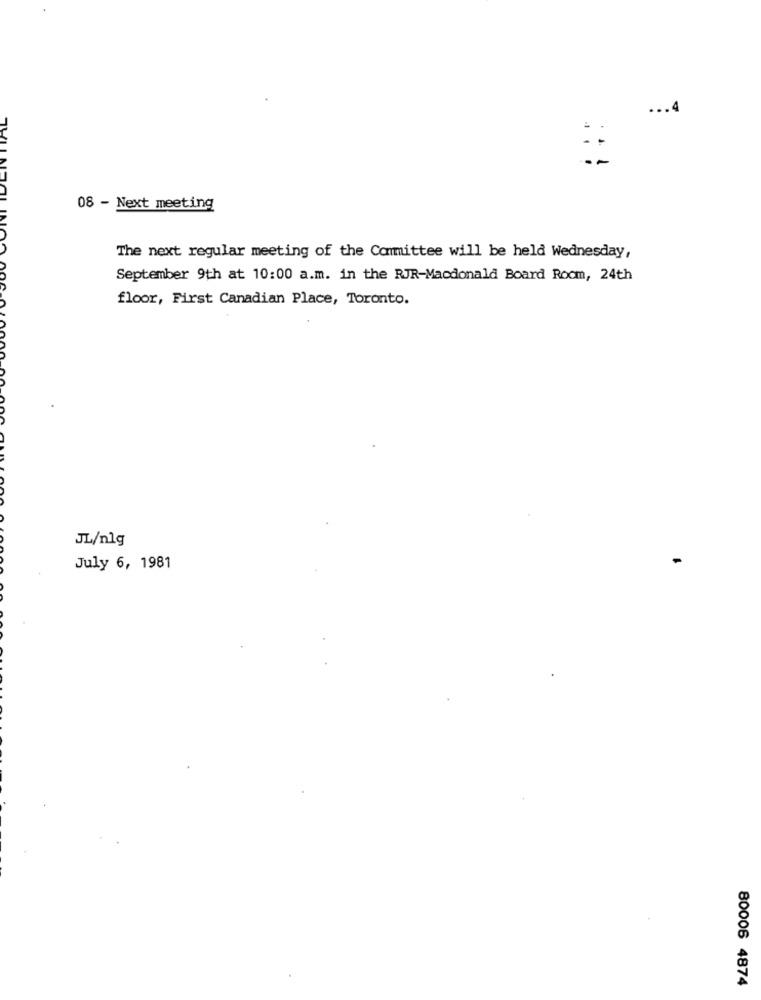
... 4
08 - Next meeting
The next regular meeting of the Committee will be held Wednesday,
September 9th at 10:00 a.m. in the RJR-Macdonald Board Room, 24th
floor, First Canadian Place, Toronto.
JL/nlg
July 6, 1981
80006 4874